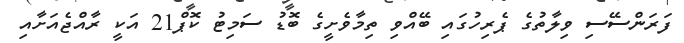
ފަރަންސޭސި ވިލާތުގެ ޕެރިހުގައި ބޭއްވި ތިމާވެށީގެ ބޮޑު ސަމިޓު ކޮޕް21 އަކީ ރާއްޖެއަށާއި